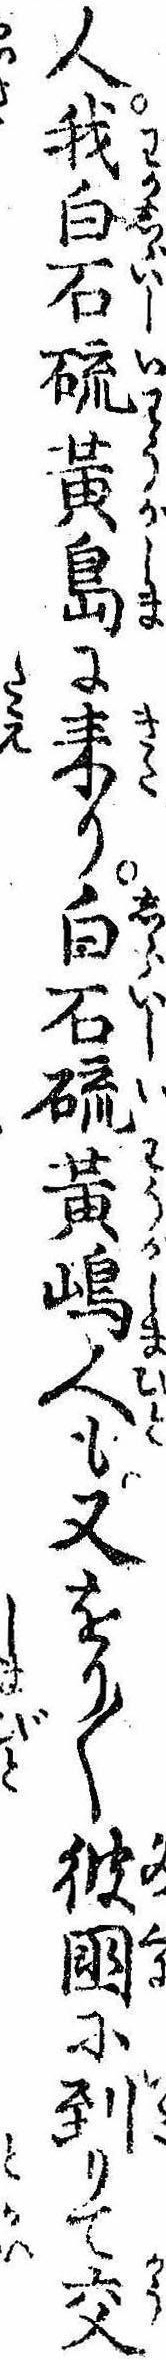
人我白石硫黄島に来り白石硫黄島人も又をり〱彼国に到りて交